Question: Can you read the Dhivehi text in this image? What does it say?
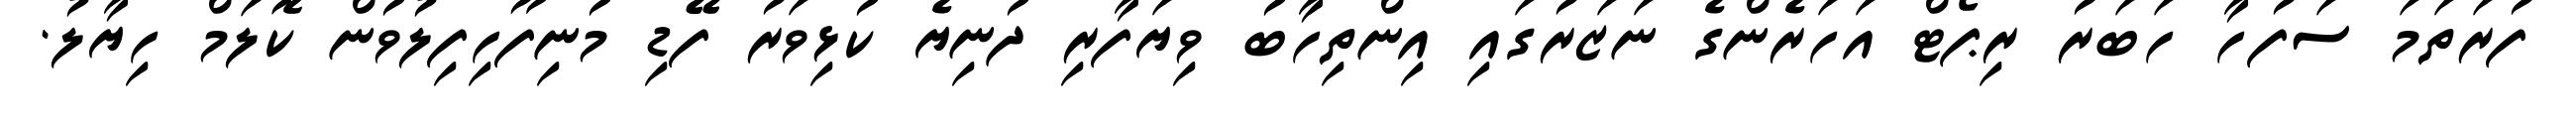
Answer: ފުރަތަމަ ސަފުހާ ހަބަރު ރިޕޯޓް އަހަރެންގެ ނަޒަރުގައި އިންތިހާބު ވިޔަފާރި ދުނިޔެ ކުޅިވަރު ފޭޑި މުނިފޫހިފިލުވުން ކޮލަމް ހިޔާލު.